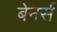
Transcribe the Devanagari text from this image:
बेनर्स